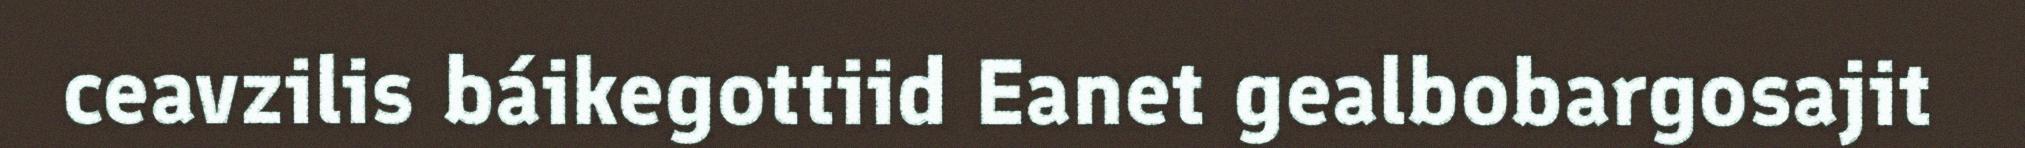
ceavzilis báikegottiid Eanet gealbobargosajit